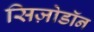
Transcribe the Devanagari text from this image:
सिज़ोडॉन